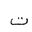
Letter: _ta